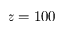
z = 1 0 0